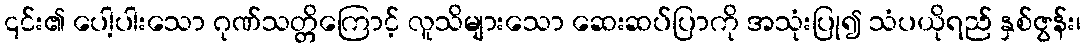
၎င်း၏ ပေါ့ပါးသော ဂုဏ်သတ္တိကြောင့် လူသိများသော ဆေးဆပ်ပြာကို အသုံးပြု၍ သံပယိုရည် နှစ်ဇွန်း၊